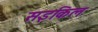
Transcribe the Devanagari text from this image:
सइकिल